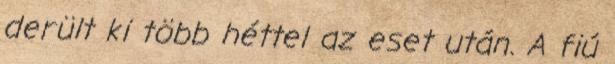
derült ki több héttel az eset után. A fiú